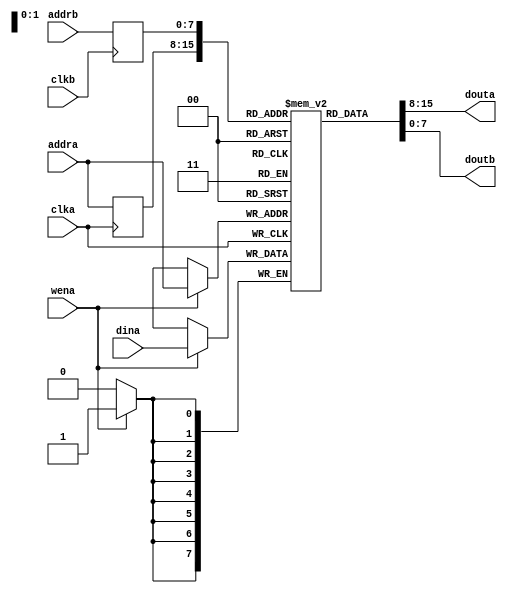
`timescale 1ns / 1ns
// Dual port memory with independent clocks, port B is read-only
// Altera and Xilinx synthesis tools successfully "find" this as block memory
module dpram(
	clka, clkb,
	addra, douta, dina, wena,
	addrb, doutb
);
parameter aw=8;
parameter dw=8;
parameter sz=(32'b1<<aw)-1;
	input clka, clkb, wena;
	input [aw-1:0] addra, addrb;
	input [dw-1:0] dina;
	output [dw-1:0] douta, doutb;

reg [dw-1:0] mem[sz:0];
reg [aw-1:0] ala=0, alb=0;

// In principle this should work OK for synthesis, but
// there seems to be a bug in the Xilinx synthesizer
// triggered when k briefly becomes sz+1.
`ifdef SIMULATE
integer k=0;
initial
begin
	for (k=0;k<sz+1;k=k+1)
	begin
		mem[k]=0;
	end
end
`endif

assign douta = mem[ala];
assign doutb = mem[alb];
always @(posedge clka) begin
	ala <= addra;
	if (wena) mem[addra]<=dina;
end
always @(posedge clkb) begin
	alb <= addrb;
end

endmodule